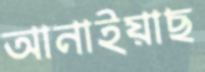
আনাইয়াছ